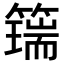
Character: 𥵇